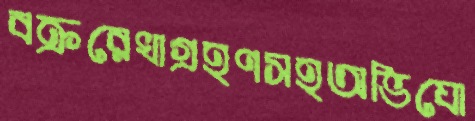
বক্ররেখাগ্রহণসহঅভিযো